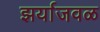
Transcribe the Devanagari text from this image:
झर्याजवळ